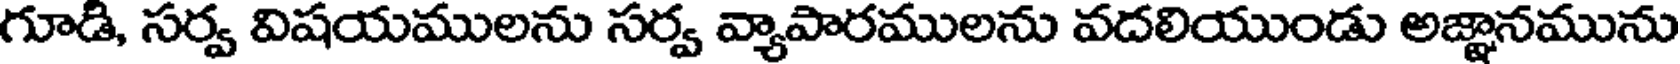
గూడి, సర్వ విషయములను సర్వ వ్యాపారములను వదలియుండు అజ్ఞానమును